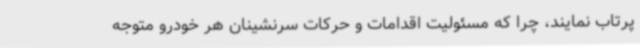
پرتاب نمایند، چرا که مسئولیت اقدامات و حرکات سرنشینان هر خودرو متوجه